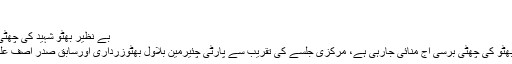
…
بے نظیر بھٹو شہید کی چھٹی برسی آج منائی جارہی ہے
لاڑکانہ میں شہید بے نظیر بھٹو کی چھٹی برسی آج منائی جارہی ہے، مرکزی جلسے کی تقریب سے پارٹی چئیرمین بلاول بھٹوزرداری اورسابق صدر آصف علی زرداری خطاب کرینگے۔